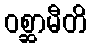
ဝစ္ဆာမီတိ